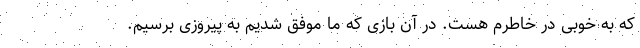
که به خوبی در خاطرم هست. در آن بازی که ما موفق شدیم به پیروزی برسیم.